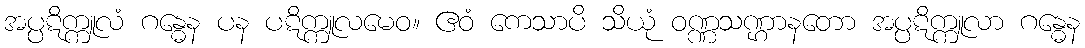
အပ္ပဋိက္ကူလံ ဂန္ဓေန ပန ပဋိက္ကူလမေဝ။ ဧဝံ ကေသာပိ သိယုံ ဝဏ္ဏသဏ္ဌာနတော အပ္ပဋိက္ကူလာ ဂန္ဓေန